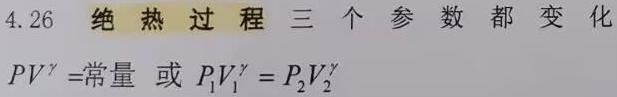
4.26 绝热过程 三个参数都变化
$PV^{\gamma} =\text{常量} \ 或 \ P_{1}V_{1}^{\gamma} = P_{2}V_{2}^{\gamma}$